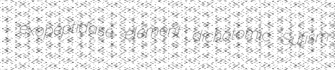
exopeptidase element dichotomic Sufism